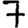
Digit: 7